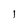
Character: l